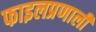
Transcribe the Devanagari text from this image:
फाइलप्रणाली